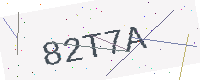
Text: 82T7A